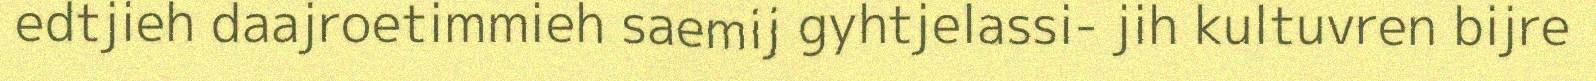
edtjieh daajroetimmieh saemij gyhtjelassi- jih kultuvren bijre